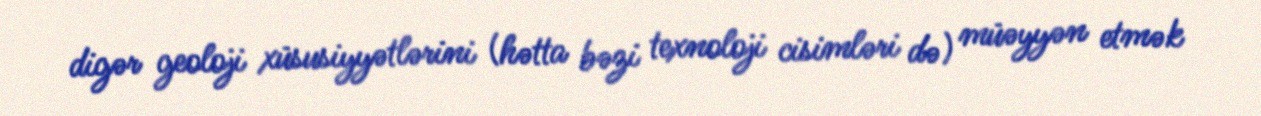
digər geoloji xüsusiyyətlərini (hətta bəzi texnoloji cisimləri də) müəyyən etmək